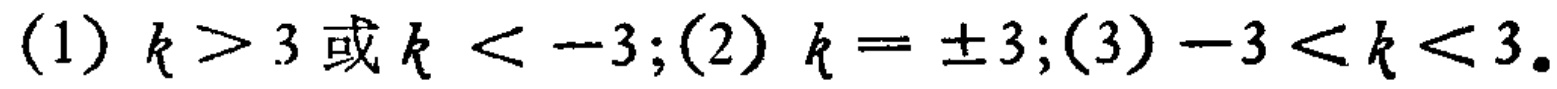
(1) \(k > 3\) 或 \(k < -3\);(2) \(k = \pm 3\);(3) \(-3 < k < 3\).